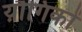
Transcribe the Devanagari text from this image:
य़ौगिकों